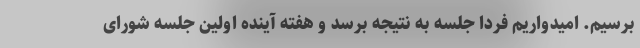
برسیم. امیدواریم فردا جلسه به نتیجه برسد و هفته آینده اولین جلسه شورای